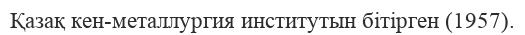
Қазақ кен-металлургия институтын бітірген (1957).